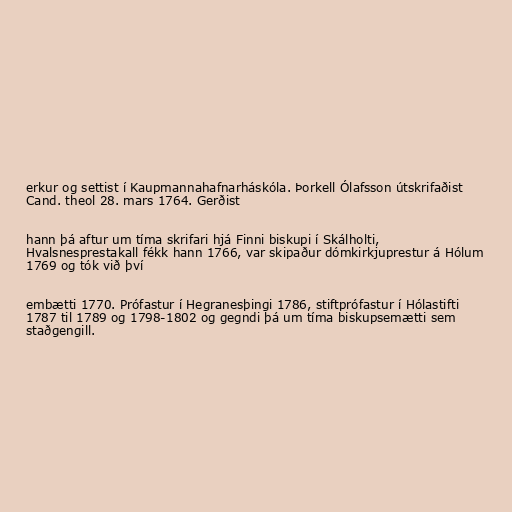
erkur og settist í Kaupmannahafnarháskóla. Þorkell Ólafsson útskrifaðist
Cand. theol 28. mars 1764. Gerðist

hann þá aftur um tíma skrifari hjá Finni biskupi í Skálholti,
Hvalsnesprestakall fékk hann 1766, var skipaður dómkirkjuprestur á Hólum
1769 og tók við því

embætti 1770. Prófastur í Hegranesþingi 1786, stiftprófastur í Hólastifti
1787 til 1789 og 1798-1802 og gegndi þá um tíma biskupsemætti sem
staðgengill.